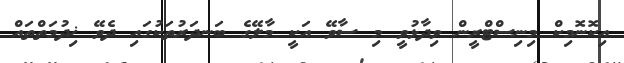
އިކޮނޮމިކް މިނިސްޓްރީން ވިދާޅުވީ މި ސާވޭ އަކީ މާލޭގެ ބަނދަރުތަކުގައި ދެވޭ ޚިދުމަތްތައް